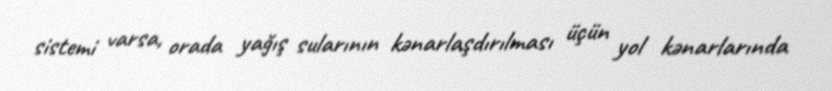
sistemi varsa, orada yağış sularının kənarlaşdırılması üçün yol kənarlarında